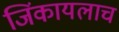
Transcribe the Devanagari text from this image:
जिंकायलाच